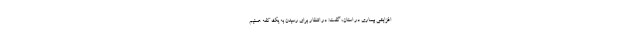
افزایشی بیماری در استان، گفت: در انتظار برای رسیدن به یک کفه هستیم